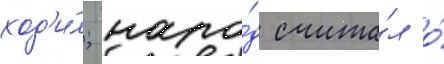
ход'и́л; наро́д счита́л о́